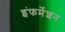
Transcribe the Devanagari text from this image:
इंफर्मेशन